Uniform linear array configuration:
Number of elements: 64
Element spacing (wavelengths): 0.25
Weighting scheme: hann
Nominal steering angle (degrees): -15
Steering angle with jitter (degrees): -15.72
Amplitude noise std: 0.05
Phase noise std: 0.05

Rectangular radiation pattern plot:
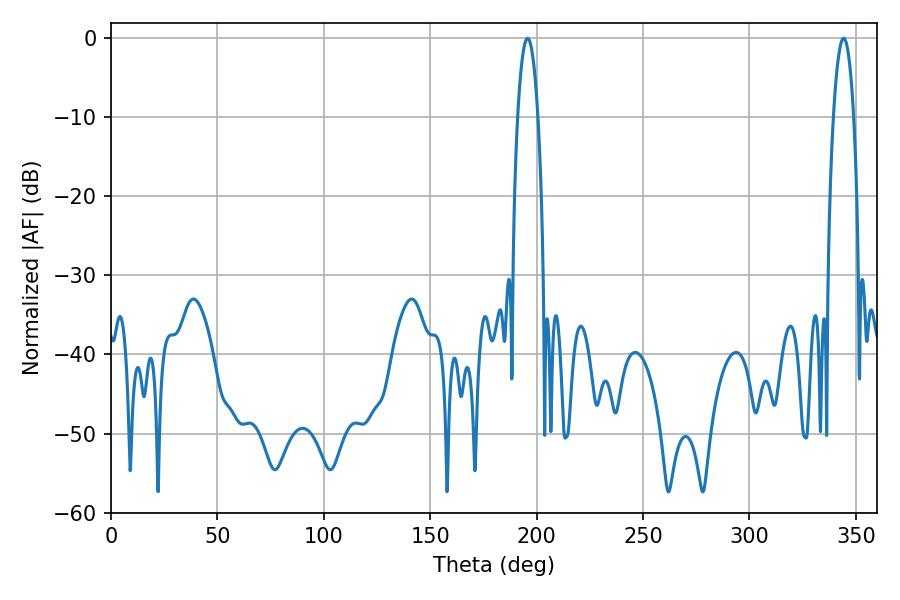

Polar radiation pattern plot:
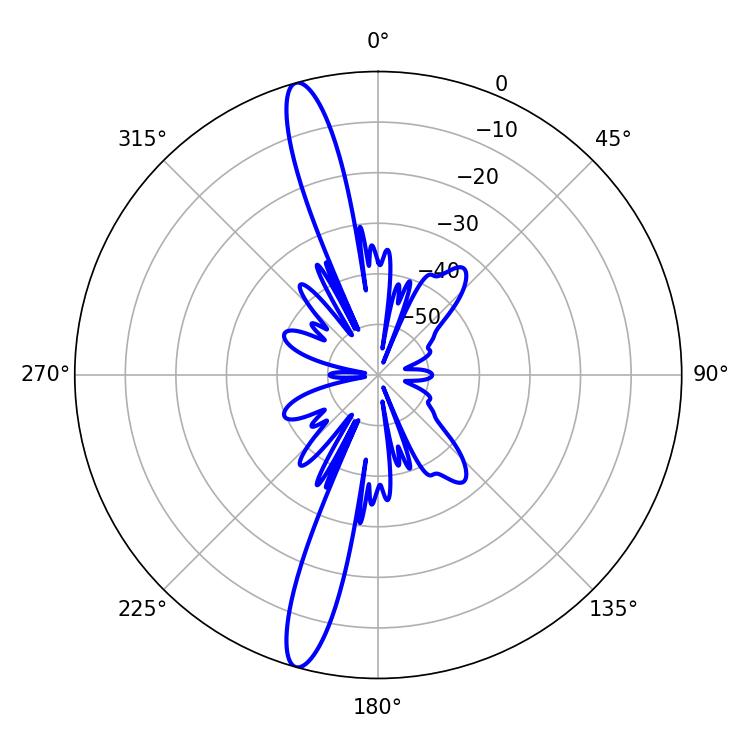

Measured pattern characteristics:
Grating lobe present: FALSE
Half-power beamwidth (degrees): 5.22
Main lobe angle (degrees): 195.66